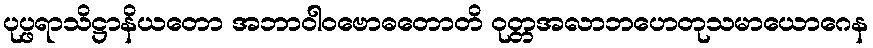
ပုပ္ဖရာသိဋ္ဌာနိယတော အဘာဝါဝဗောဓတောတိ ဝုတ္တအလာဘဟေတုသမာယောဂေန